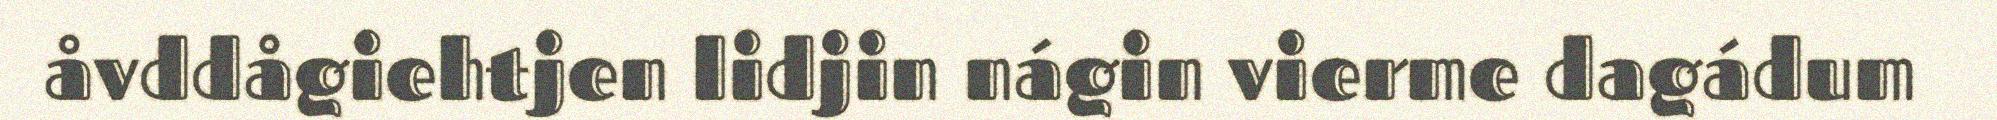
åvddågiehtjen lidjin nágin vierme dagádum